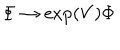
\Phi \rightarrow \exp ( V ) \Phi